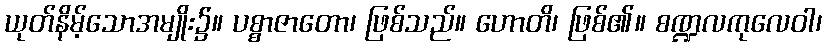
ယုတ်နိမ့်သောအမျိုး၌။ ပစ္စာဇာတော၊ ဖြစ်သည်။ ဟောတိ၊ ဖြစ်၏။ စဏ္ဍလကုလေဝါ၊